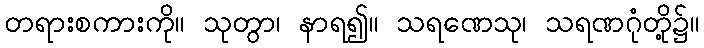
တရားစကားကို။ သုတွာ၊ နာရ၍။ သရဏေသု၊ သရဏဂုံတို့၌။